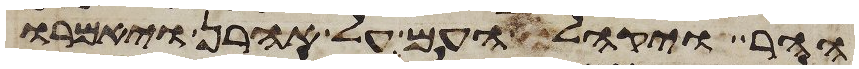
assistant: ההר ויקהל העם על אהרן ויאמרו